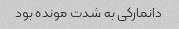
دانمارکی به شدت مونده بود